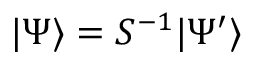
| \Psi \rangle = S ^ { - 1 } | \Psi ^ { \prime } \rangle